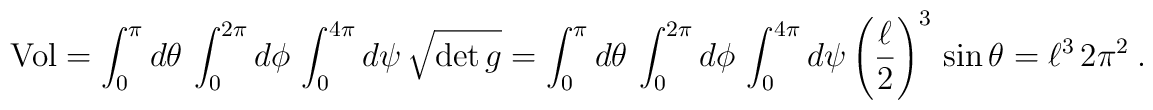
{\rm Vol} = \int_0^\pi d\theta \, \int_0^{2\pi} d\phi \, \int_0^{4\pi} d\psi \, \sqrt{\det g} = \int_0^\pi d\theta \, \int_0^{2\pi} d\phi \, \int_0^{4\pi} d\psi \left({\ell \over 2} \right)^3 \, \sin\theta = \ell^3 \, 2\pi^2 \ .